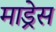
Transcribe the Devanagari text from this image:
माड्रेस